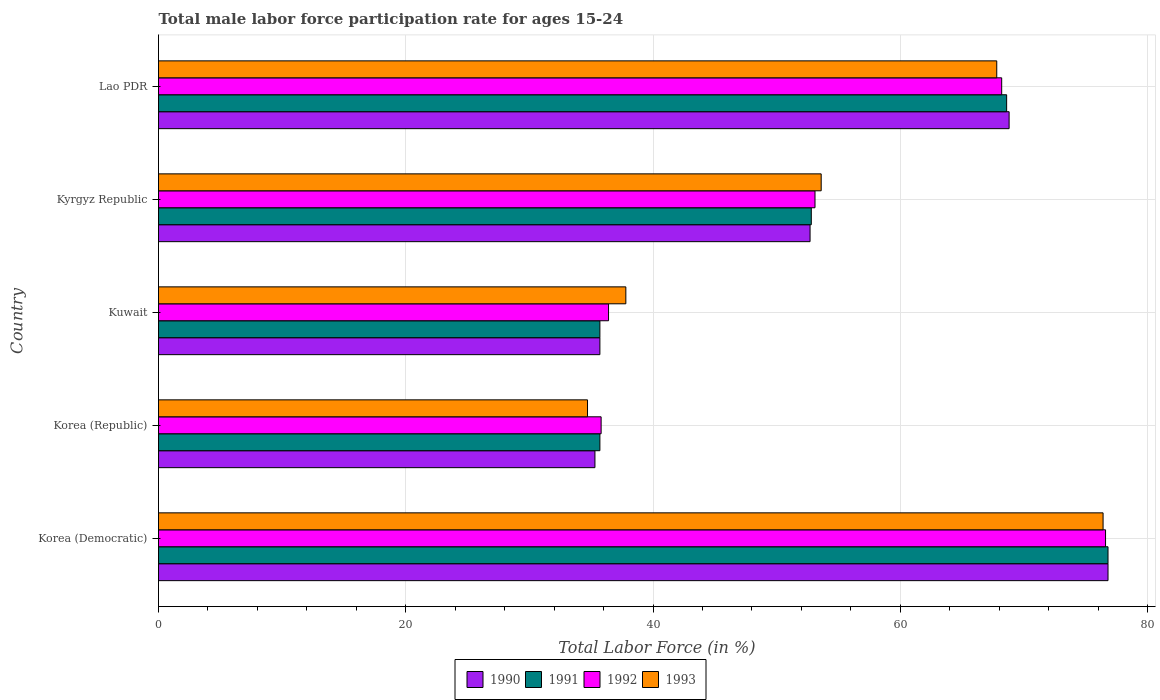
| Country | 1990 | 1991 | 1992 | 1993 |
 | --- | --- | --- | --- | --- |
 | Korea (Democratic) | 76.8 | 76.8 | 76.6 | 76.4 |
 | Korea (Republic) | 35.3 | 35.7 | 35.8 | 34.7 |
 | Kuwait | 35.7 | 35.7 | 36.4 | 37.8 |
 | Kyrgyz Republic | 52.7 | 52.8 | 53.1 | 53.6 |
 | Lao PDR | 68.8 | 68.6 | 68.2 | 67.8 |